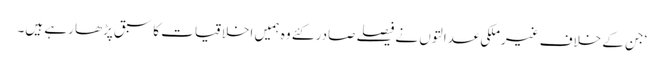
‘جن کے خلاف غیرملکی عدالتوں نے فیصلے صادر کئے وہ ہمیں اخلاقیات کا سبق پڑھا رہے ہیں۔